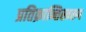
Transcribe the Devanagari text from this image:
प्रतिक्रान्तिस्वरुप